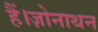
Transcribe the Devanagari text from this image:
हैं।ज़ोनाथन